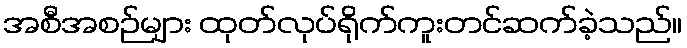
အစီအစဉ်များ ထုတ်လုပ်ရိုက်ကူးတင်ဆက်ခဲ့သည်။